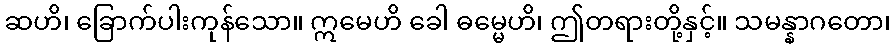
ဆဟိ၊ ခြောက်ပါးကုန်သော။ ဣမေဟိ ခေါ ဓမ္မေဟိ၊ ဤတရားတို့နှင့်။ သမန္နာဂတော၊